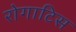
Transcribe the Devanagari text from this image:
रोगाटिस